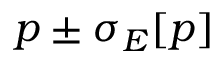
p \pm \sigma _ { E } [ p ]